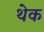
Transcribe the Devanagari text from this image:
थेक